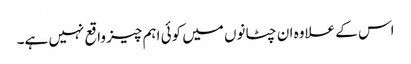
اس کے علاوہ ان چٹانوں میں کوئی اہم چیز واقع نہیں ہے۔